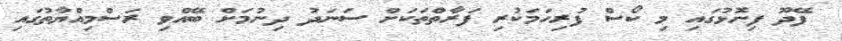
ފޭދޫ ފިނޮޅުގައި މި ކޯސް ފުރިހަމަކުރި ފަރާތްތަކަށް ސަނަދު ދިނުމަށް ބޭއްވި ރަސްމިއްޔާތުގައި